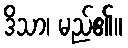
ဒိသာ၊ မည်၏။